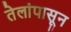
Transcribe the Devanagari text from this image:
तेलांपासून